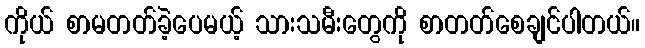
ကိုယ် စာမတတ်ခဲ့ပေမယ့် သားသမီးတွေကို စာတတ်စေချင်ပါတယ်။